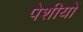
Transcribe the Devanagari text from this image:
पेशीयों